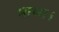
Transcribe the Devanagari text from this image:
भाष्य।